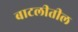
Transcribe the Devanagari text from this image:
बाटलीतील